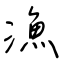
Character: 漁